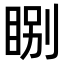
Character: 𥇂